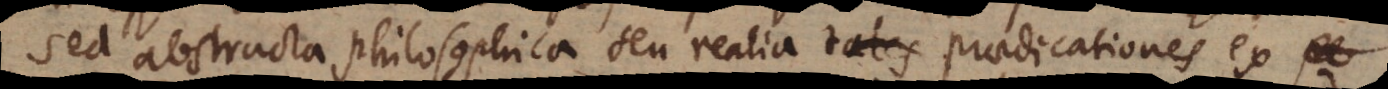
Sed abstracta philosophica seu realia tales praedicationes ex